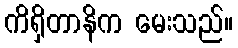
ကိရှိတာနိက မေးသည်။